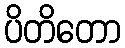
ပိတိတော